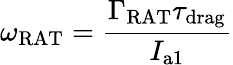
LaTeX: \omega_{\mathrm{RAT}}=\frac{\Gamma_{\mathrm{RAT}}\tau_{\mathrm{drag}}}{I_{\mathrm{a1}}}